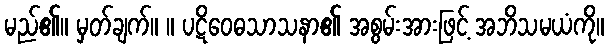
မည်၏။ မှတ်ချက်။ ။ ပဋိဝေဓသာသနာ၏ အစွမ်းအားဖြင့် အဘိသမယံကို။